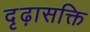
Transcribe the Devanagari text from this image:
दृढ़ासक्ति